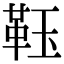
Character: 𩊇